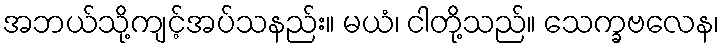
အဘယ်သို့ကျင့်အပ်သနည်း။ မယံ၊ ငါတို့သည်။ သေက္ခဗလေန၊